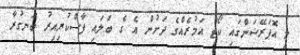
މި އޮޕަރޭޝަންގައި ކޯޓް އަމުރެއްގެ ދަށުން އެ ގެ ބަލައި ފާސްކުރިއިރު ބަނގުރާ